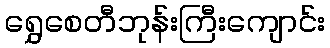
ရွှေစေတီဘုန်းကြီးကျောင်း